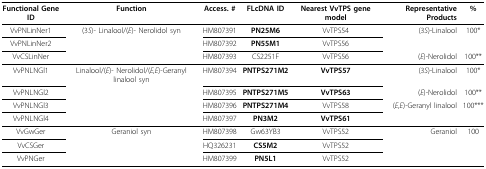
| Functional Gene ID | Function | Access. # | FLcDNA ID | Nearest VvTPS gene model | Representative Products | % |
 | --- | --- | --- | --- | --- | --- | --- |
 | VvPNLinNer1 | (3S)- Linalool/(E)- Nerolidol syn | HM807391 | PN25M6 | VvTPS54 | (3S)-Linalool | 100* |
 | VvPNLinNer2 |  | HM807392 | PN55M1 | VvTPS56 |  |  |
 | VvCSLinNer |  | HM807393 | CS2251F | VvTPS56 | (E)-Nerolidol | 100** |
 | VvPNLNGl1 | Linalool/(E)- Nerolidol/(E,E)-Geranyl linalool syn | HM807394 | PNTPS271M2 | VvTPS57 | (3S)-Linalool | 100* |
 | VvPNLNGl2 |  | HM807395 | PNTPS271M5 | VvTPS63 | (E)-Nerolidol | 100** |
 | VvPNLNGl3 |  | HM807396 | PNTPS271M4 | VvTPS58 | (E,E)-Geranyl linalool | 100*** |
 | VvPNLNGl4 |  | HM807397 | PN3M2 | VvTPS61 |  |  |
 | VvGwGer | Geraniol syn | HM807398 | Gw63YB3 | VvTPS52 | Geraniol | 100 |
 | VvCSGer |  | HQ326231 | CS5M2 | VvTPS52 |  |  |
 | VvPNGer |  | HM807399 | PN5L1 | VvTPS52 |  |  |